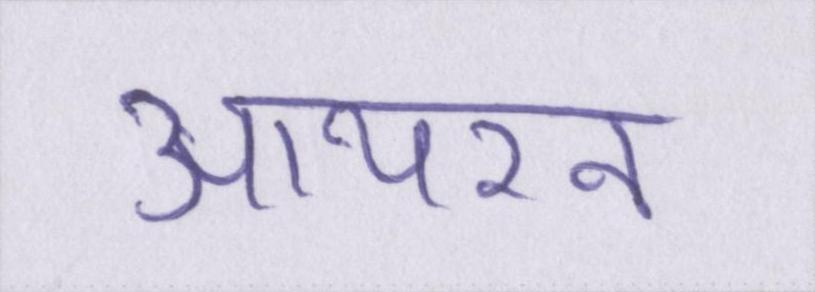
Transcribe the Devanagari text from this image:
आयरन